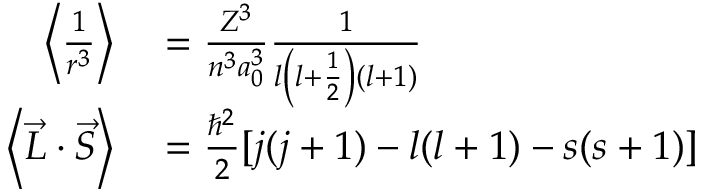
\begin{array} { r l } { \left\langle { \frac { 1 } { r ^ { 3 } } } \right\rangle } & { { } = { \frac { Z ^ { 3 } } { n ^ { 3 } a _ { 0 } ^ { 3 } } } { \frac { 1 } { l \left( l + { \frac { 1 } { 2 } } \right) ( l + 1 ) } } } \\ { \left\langle { \vec { L } } \cdot { \vec { S } } \right\rangle } & { { } = { \frac { \hbar ^ { 2 } } { 2 } } [ j ( j + 1 ) - l ( l + 1 ) - s ( s + 1 ) ] } \end{array}